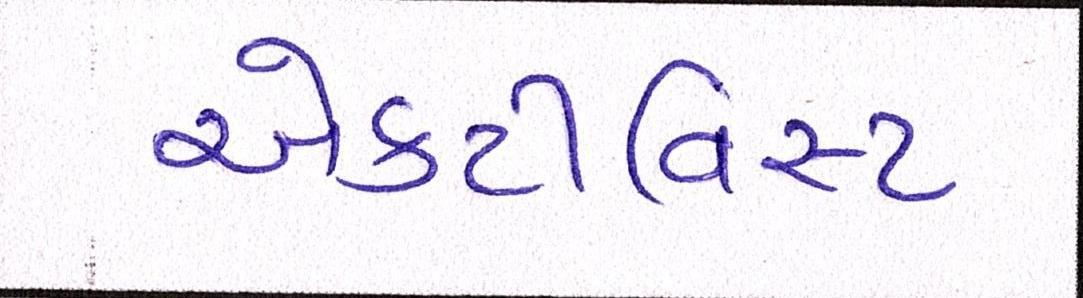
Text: એક્ટીવિસ્ટ